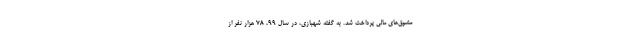
مشوق‌های مالی پرداخت شد. به گفته شهبازی، در سال ۹۹، ۷۸ هزار نفر از